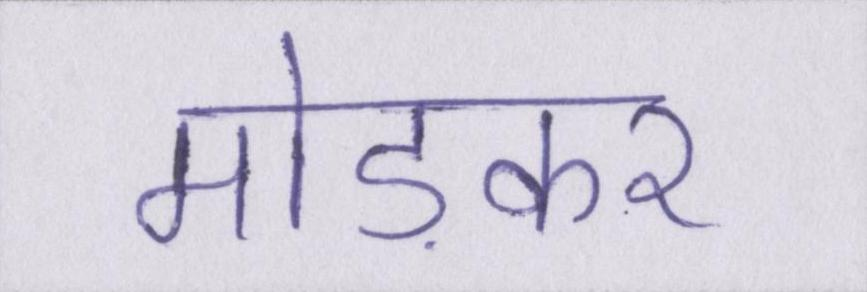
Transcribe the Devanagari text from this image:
मोड़कर